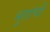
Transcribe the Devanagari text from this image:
भुतांची